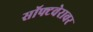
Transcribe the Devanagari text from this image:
सॉफ्टवेरावर